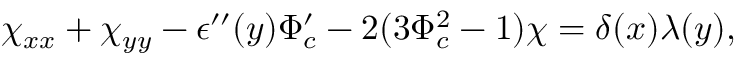
\chi _ { x x } + \chi _ { y y } - \epsilon ^ { \prime \prime } ( y ) \Phi _ { c } ^ { \prime } - 2 ( 3 \Phi _ { c } ^ { 2 } - 1 ) \chi = \delta ( x ) \lambda ( y ) ,